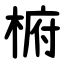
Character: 椨